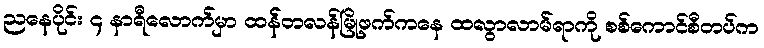
ညနေပိုင်း ၄ နာရီလောက်မှာ ထန်တလန်မြို့ဖက်ကနေ ထလွာလာမ်ရာကို စစ်ကောင်စီတပ်က